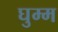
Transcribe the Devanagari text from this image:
घुम्म